Source: Handwritten
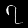
Digit: ၇ (7)